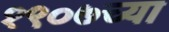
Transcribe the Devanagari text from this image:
१९०७च्या